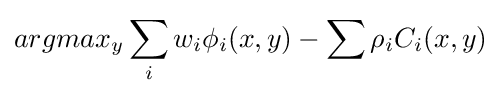
argmax_{y}\sum _{i}w_{i}\phi _{i}(x,y)-\sum \rho _{i}C_{i}(x,y)